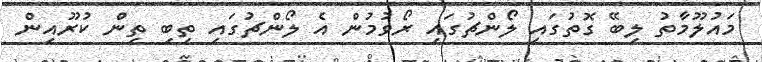
މައުލޫމާތު ލިބޭ ގޮތުގައި ލޯންޗުގައި ރޯވުމުން އެ ލޯންޗުގައި ތިބި ތިން ކުރޫއިން